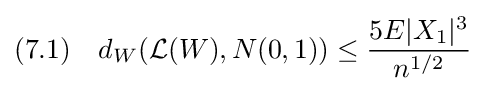
(7.1)\quad d_{W}({\mathcal {L}}(W),N(0,1))\leq {\frac {5E|X_{1}|^{3}}{n^{1/2}}}